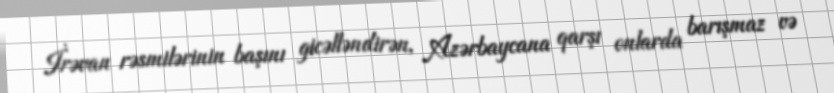
İrəvan rəsmilərinin başını gicəlləndirən, Azərbaycana qarşı onlarda barışmaz və